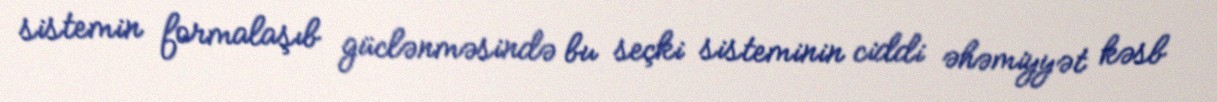
sistemin formalaşıb güclənməsində bu seçki sisteminin ciddi əhəmiyyət kəsb